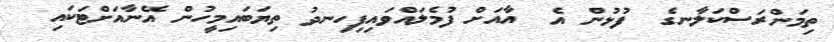
ތިމަންރަސްކަލާނގެ  ފުޅުން އެ  އާއަށް ފުމެލައްވައިފިހިނދު ތިޔަބައިމީހުން އޭނާއަށްޓަކައި